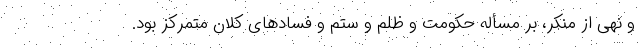
و نهی از منکر، بر مسأله حکومت و ظلم و ستم و فسادهای کلان متمرکز بود.